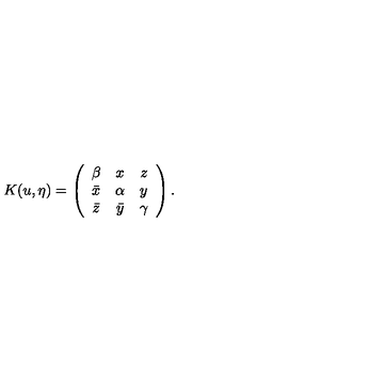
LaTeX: K ( u , \eta ) = \left( \begin{array} { c c c } { \beta } & { x } & { z } \\ { \bar { x } } & { \alpha } & { y } \\ { \bar { z } } & { \bar { y } } & { \gamma } \\ \end{array} \right) .